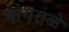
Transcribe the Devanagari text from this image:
मोगराळे